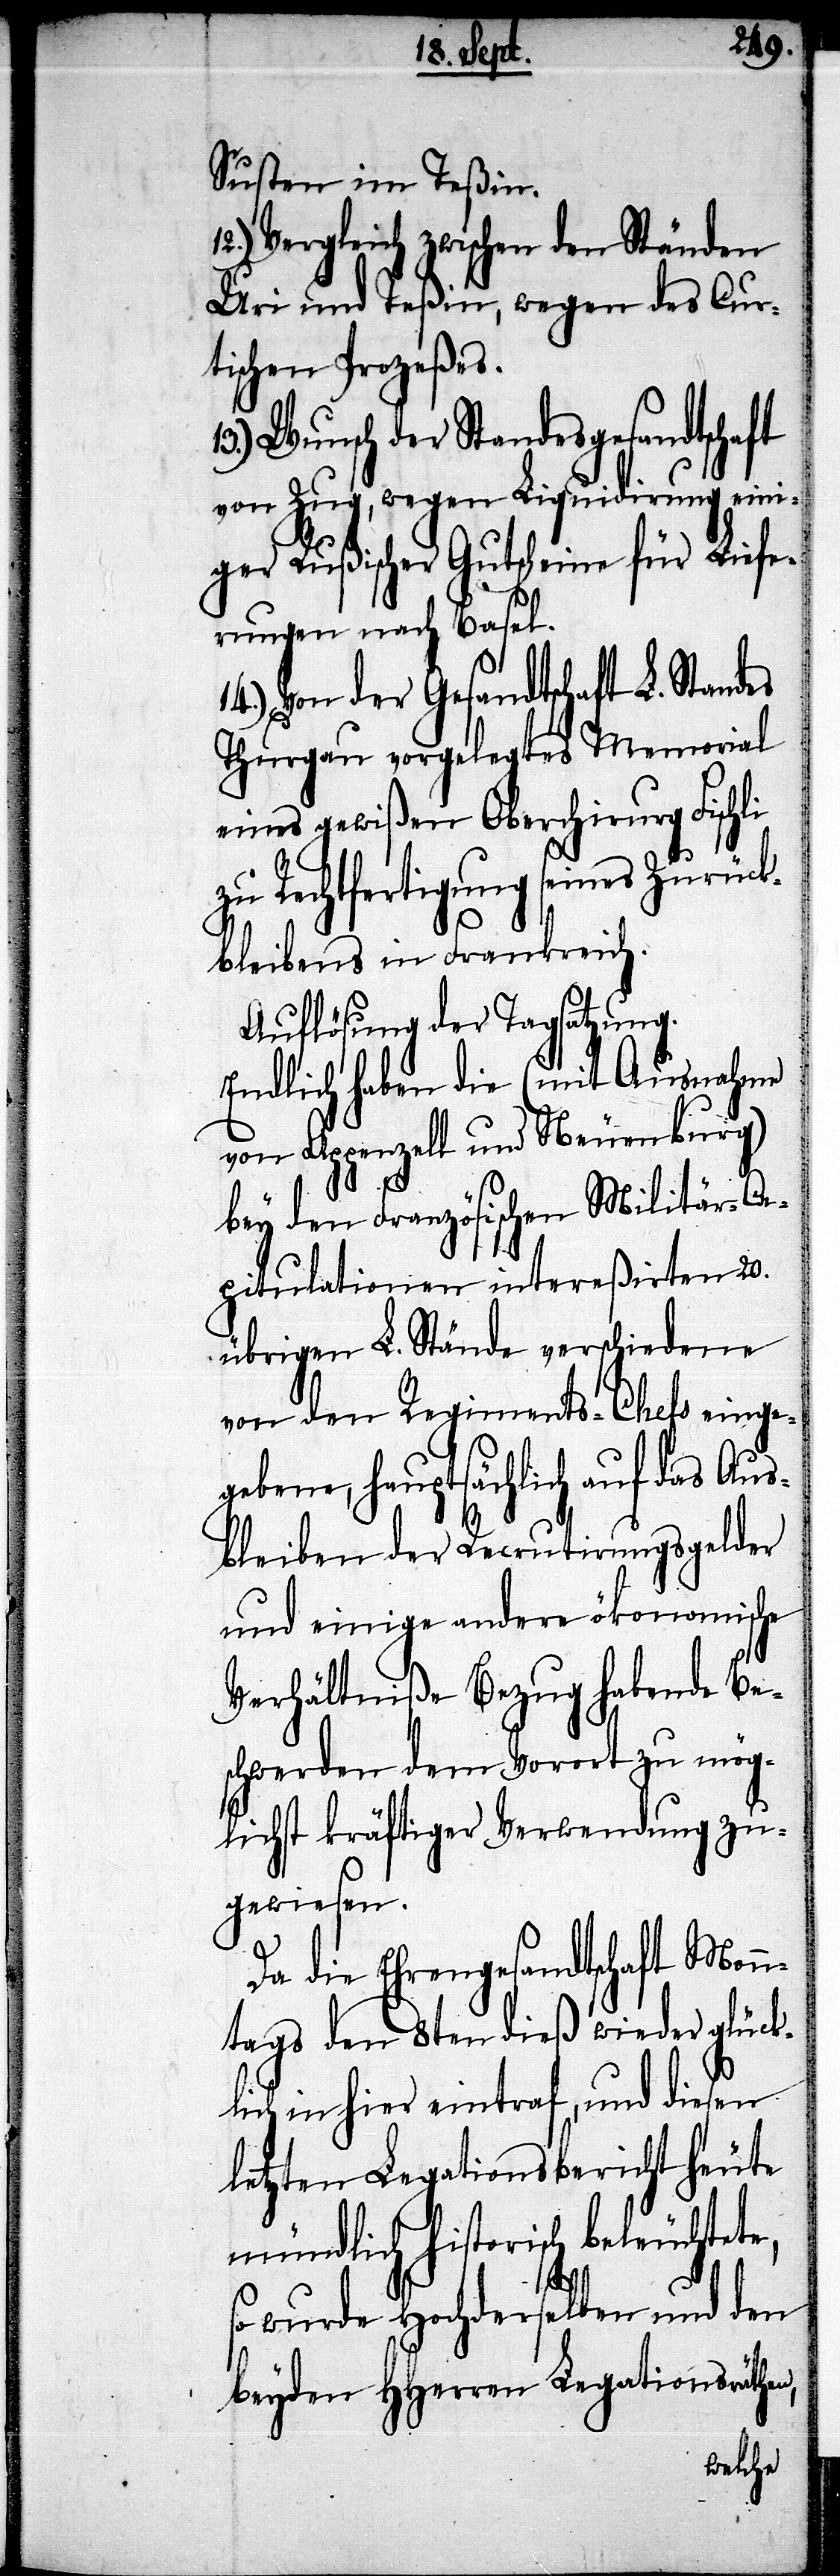
Susten im Teßin.
12.) Vergleich zwischen den Ständen
Uri und Teßin, wegen des Cur¬
tischen Prozeßes.
Wunsch der Standesgesandtschaft
von Zug, wegen Liquidirung eini¬
ger Rußischer Gutscheine für Liefe¬
rungen nach Basel.
14.) Von der Gesandtschaft L. Standes
Thurgau vorgelegtes Memorial
eines gewißen Oberchirurg Fischli
zu Rechtfertigung seines Zurück¬
bleibens in Frankreich.
Auflösung der Tagsatzung.
Endlich haben die (mit Ausnahme
von Appenzell und Neuenburg)
n,
bey den Französischen Militär-Ca¬
pitulationen intereßirten 20.
übrigen Stände verschiedene
von den Regiments-Chefs einge¬
gebene, hauptsächlich auf das Aus¬
bleiben der Recrutirungsgelder
und einige andere ökonomische
Verhältniße Bezug habende Be¬
schwerden dem Vorort zu mög¬
lichst kräftiger Verwendung zu¬
gewiesen.
Da die Ehrengesandtschaft Monn¬
tags den 8ten dieß wieder glückl¬
ich in hier eintraf, und diesen
letzten Legationsbericht
so wurde Hochderselben und den
beyden HHerren Legationsräthe¬